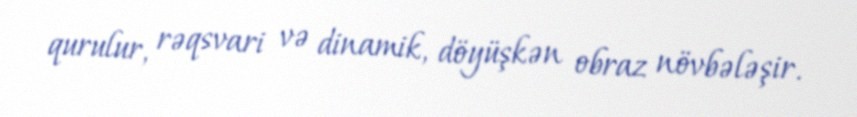
qurulur, rəqsvari və dinamik, döyüşkən obraz növbələşir.